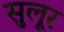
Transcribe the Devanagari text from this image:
सुलूर